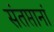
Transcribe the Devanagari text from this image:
संतप्तानां